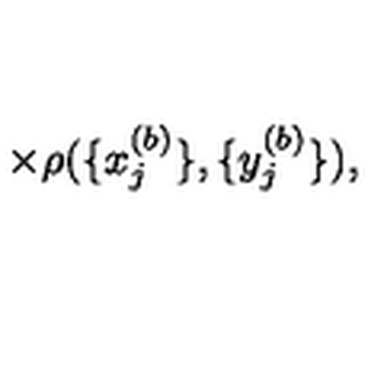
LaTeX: \times \rho ( \{ x _ { j } ^ { ( b ) } \} , \{ y _ { j } ^ { ( b ) } \} ) ,